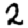
Digit: 2